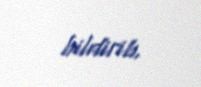
bildirib.